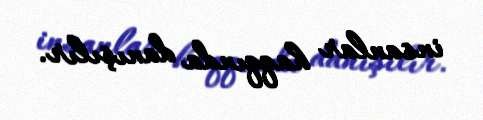
insanlar haqqında danışılır.